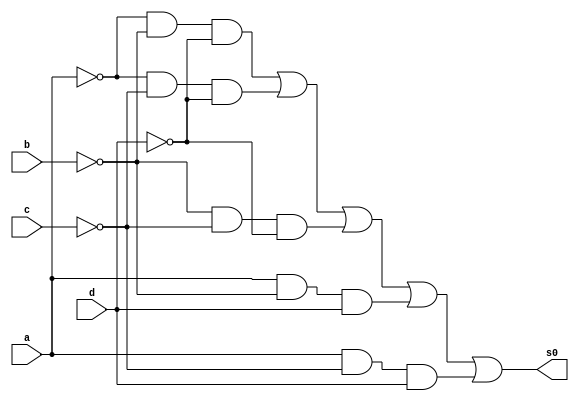
// Nome: Andre Sulivam 391998
// Guia 08 ex02

module circuito (s0, a, b, c, d);

 output s0;
 input a, b, c, d;

 not NOT1 (r1,a);
 not NOT2 (r2,b);
 not NOT3 (r3,c);
 not NOT4 (r4,d);

 and AND1 (s1, r1,r2,r4);
 and AND2 (s2, r1,r3,r4);
 and AND3 (s3, r2, r3, r4);
 and AND4 (s4, a, r2,d);
 and AND5 (s5,a,r3,d);

 or OR1 (s0, s1,s2,s3,s4,s5);

endmodule // end module

module testeCircuito( );

reg a, b,c,d;
wire s0;

circuito C1(s0, a, b, c, d);

  initial begin:start
   a = 0; b=0; c=0; d=0;

  end

  initial begin: main
 
      $display("Andre Sulivam 391998");
      $display("Guia 08 Ex:02");
   $display("\n     Circuito 02\n");
 $display("\na b c d = s0\n");  
	$monitor("%b %b %b %b = %b", a, b, c, d, s0);

        #1 a = 0; b=0; c=0; d=1;
        #1 a = 0; b=0; c=1; d=0;
        #1 a = 0; b=0; c=1; d=1;
        #1 a = 0; b=1; c=0; d=0;
        #1 a = 0; b=1; c=0; d=1;
        #1 a = 0; b=1; c=1; d=0;
        #1 a = 0; b=1; c=1; d=1;
        #1 a = 1; b=0; c=0; d=0;
        #1 a = 1; b=0; c=0; d=1;
        #1 a = 1; b=0; c=1; d=0;
        #1 a = 1; b=0; c=1; d=1;
        #1 a = 1; b=1; c=0; d=0;
        #1 a = 1; b=1; c=0; d=1;
        #1 a = 1; b=1; c=1; d=0;
        #1 a = 1; b=1; c=1; d=1;

  end
endmodule // end module

/*

    Andre Sulivam 391998
    Guia 08 Ex:02
    
         Circuito 02
    
    
    a b c d = s0
    
    0 0 0 0 = 1
    0 0 0 1 = 0
    0 0 1 0 = 1
    0 0 1 1 = 0
    0 1 0 0 = 1
    0 1 0 1 = 0
    0 1 1 0 = 0
    0 1 1 1 = 0
    1 0 0 0 = 1
    1 0 0 1 = 1
    1 0 1 0 = 0
    1 0 1 1 = 1
    1 1 0 0 = 0
    1 1 0 1 = 1
    1 1 1 0 = 0
    1 1 1 1 = 0

*/